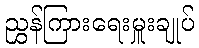
ညွှန်ကြားရေးမှူးချုပ်